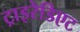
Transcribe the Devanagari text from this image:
ट्राइरेडिएट